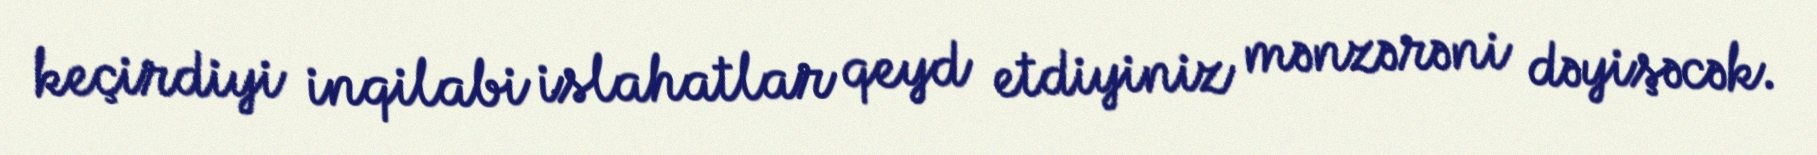
keçirdiyi inqilabi islahatlar qeyd etdiyiniz mənzərəni dəyişəcək.